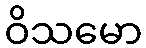
ဝိသမော